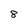
Character: 8